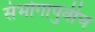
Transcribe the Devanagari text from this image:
संभोगापुर्वीच